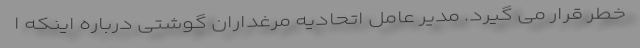
خطر قرار می گیرد. مدیر عامل اتحادیه مرغداران گوشتی درباره اینکه ا